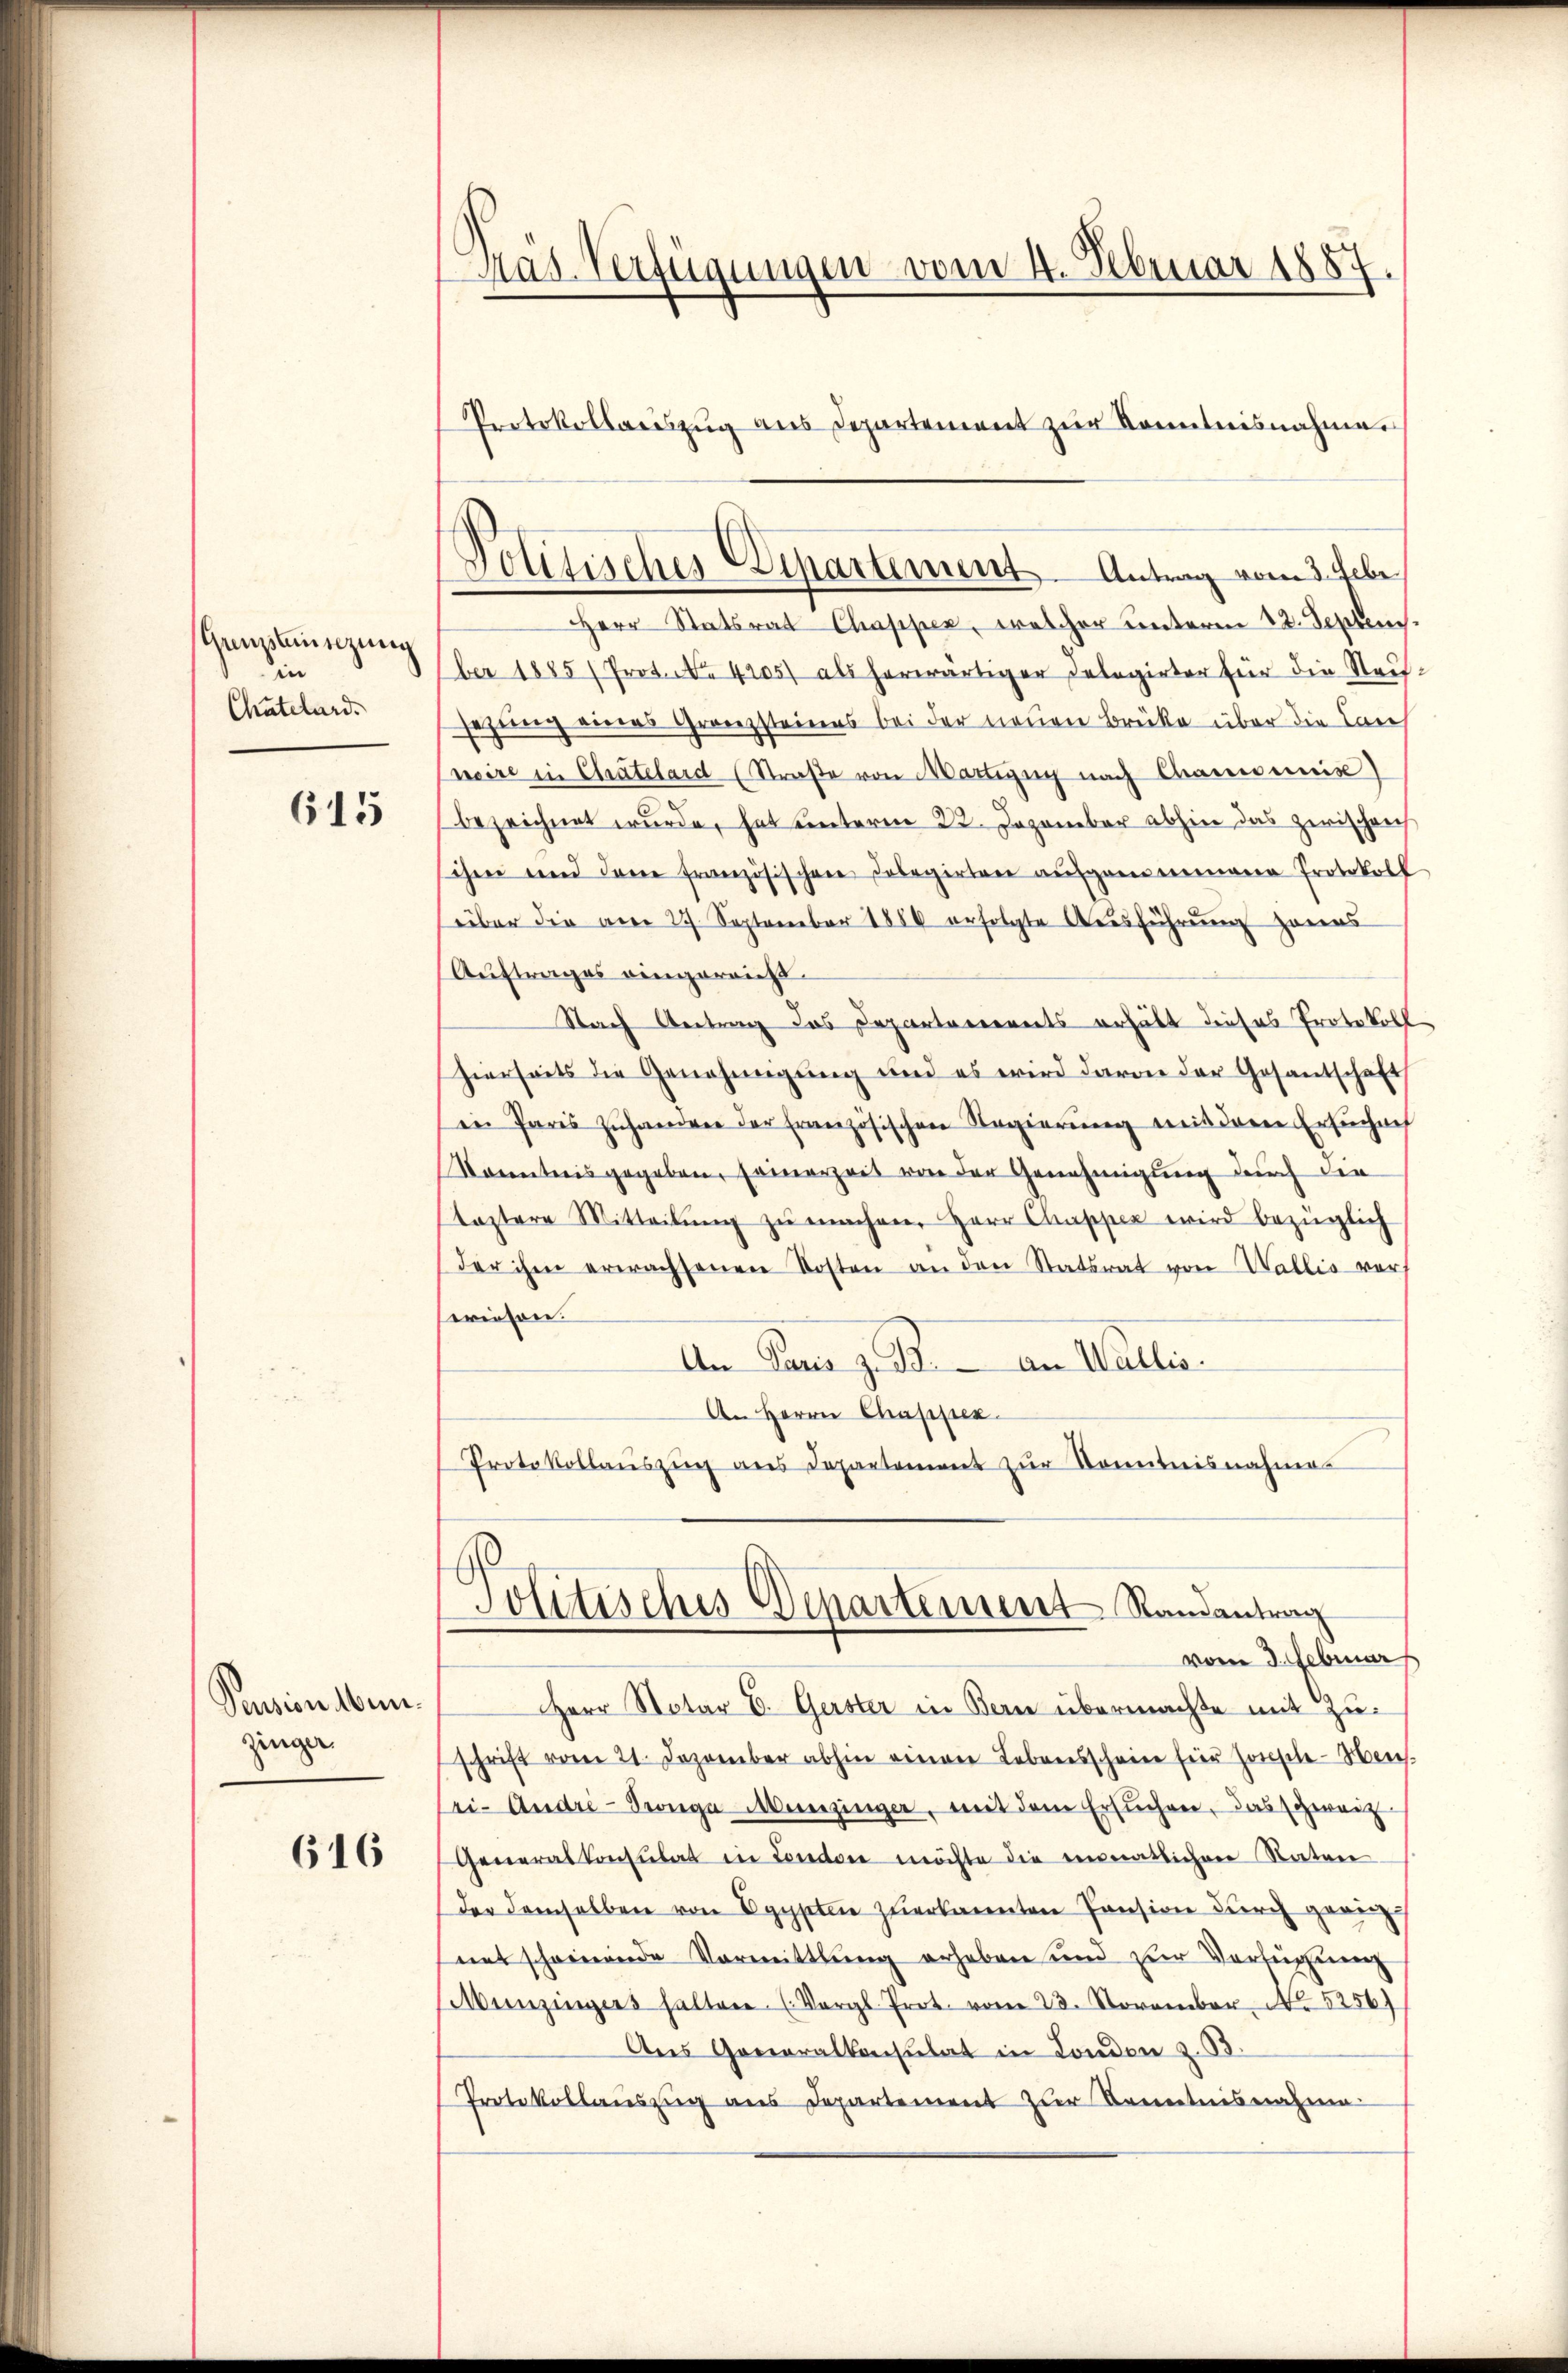
Geistensizung
in
Chutelard.

615

Pension Mein
zinger

616

Mas Verfügungen vom 4. Februar 1857.
Protokollariszŭg aŭs Departement zŭr Sonntnisnahmen

Politisches Departement. Antrag vom 3. Febr

Herr Statsrat Chapper, welcher unteren 12. Septen.
ber 1885 (Prot. No. 4105) als herwärtiger Delegirter für die Stadt-
sezung eines Granzsteines bei der neuen Brücke über die Laus
neire in Chatelard (Straße von Martigen nach Chamonis)
bezeichnet wurde, hat unterm 22. Dezember abhin das zwischen
schnee und dene französischen Dolegirten aŭfgemeinene Protokoll
über die am 27. September 1888 erfolgte Ausführung zuers
Auftrages eingereicht.
Nach Antrag das Departarereits erhält dieses Protokoll
hierseits die Genehmigung und es wird davon der Gesandtschaft
in Paris zuhandere der französischen Regierung mit deren Ersuchung
Konntnis gegeben, seinerzeit von der Genehmigung durch die
tastere Mitteilŭng zŭ machen. Herr Chapper wird bezüglich
der ihm erwachsenen Kosten an den Statsrat von Wallis vor
erinsrer.
An Paris z. B. an Wallis.
An Herrn Chappen
Protokollaŭszŭg ans Departement zŭr Sonntnisnahmen
Jolitisches Departement Randantrag
vom 3. Februar
Herr Notar E. Gerster in Bern übermachte mit Zuschrift vom 21. Dezember abhin einen Lebensscheine für Zwische Mens
ri- Andre-Tonge Menzinger, mit dem Ersuchen, das zweit
Generalkonsulat in London möchte die eimatlichen Nater
der demselben von Egypten zuerkannten Pension durch geang-
mit scheinende Vormittlung erheben und zur Verlegung
Munzingers halten. (Vergl. Prot. vom 23. November, No 5256)
Ans Generalkonsulat in London z. B.
Protokollauszug aus Departement zur Kenntnisnahme.